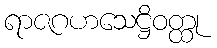
ရာဇဂဟသေဋ္ဌိဝတ္ထု